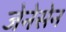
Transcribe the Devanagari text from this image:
जेनेसेन